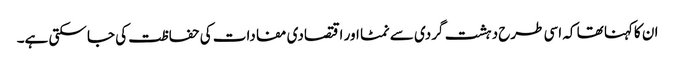
ان کاکہنا تھا کہ اسی طرح دہشت گردی سے نمٹا اور اقتصادی مفادات کی حفاظت کی جا سکتی ہے۔